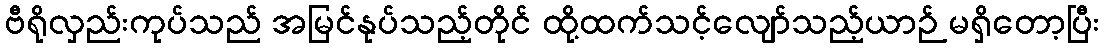
ဗီရိုလှည်းကုပ်သည် အမြင်နုပ်သည့်တိုင် ထို့ထက်သင့်လျော်သည့်ယာဉ် မရှိတော့ပြီး